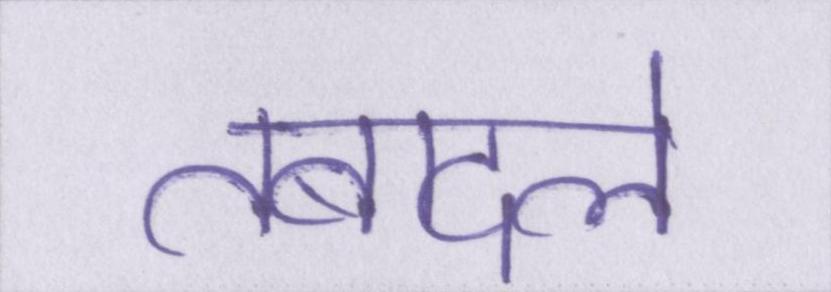
तबादले